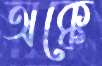
অক্কে